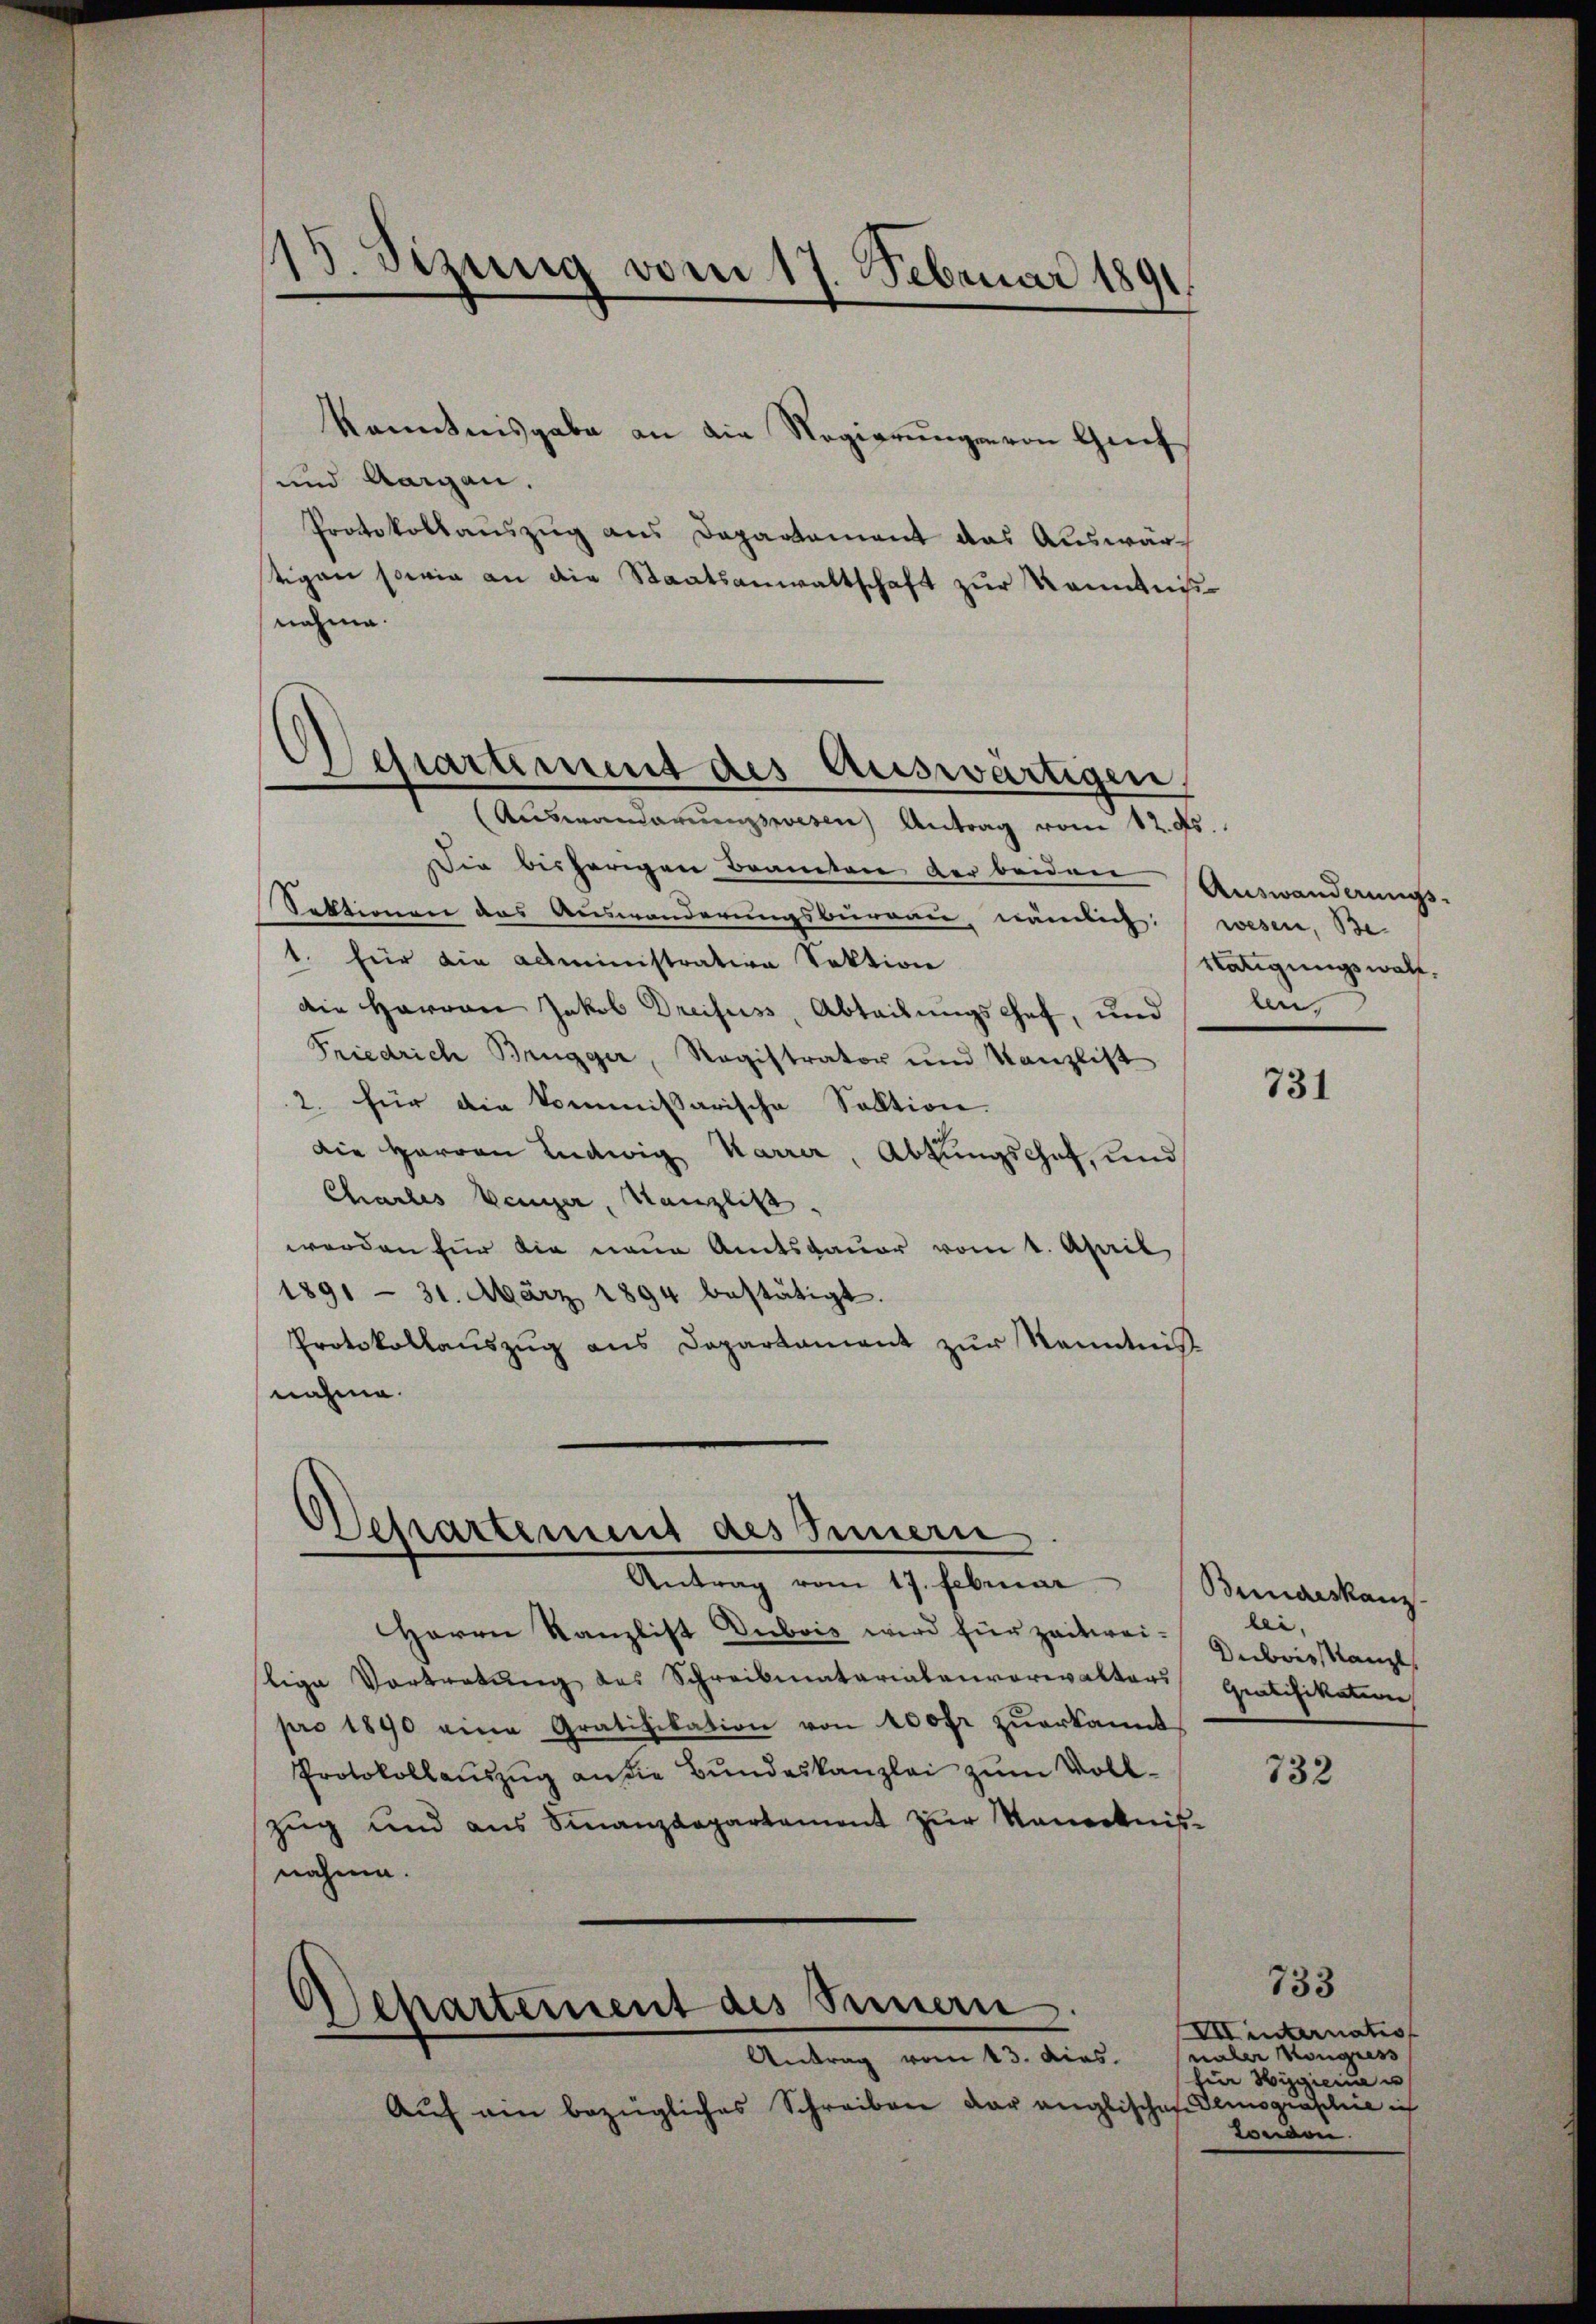
13. Sizung vom 17. Februar 1891

kanntnisgabe an die Regierungen von Genf
und Aargau.
Protokollauszug aus Departement das Auswärstigen sowie an die Staatsanwaltschaft zur Kenntnißnahme.
Die bisherigen Beamten der beiden Auswanderungs-
Sektionen das Auswanderungsbureau, nämlich wesen, Be-
1. für die Administration Sektion
die Herren Jakob Dreifuss, Abteilungschet, und
Friedrich Brugger, Ragistrator und Kanzlist
2. für die kommissarische Sektion.
die Herren Ludwig Karrer, Abtungschat, und
Chartes Vener, Kanzlist,
werden für die neue Amtsdauer vom 1. April
1891 - 31. März 1894 bestätigt.
Protokollaŭszŭg ans Departament zŭr Kenntnis
nahme.

Sesartement des Auswärtigen,
Auswanderungswesen Antrag vom 12. ds.

Departement des Innern

Antrag vom 17. Februar
Herrn Kanzlist Dubois wird für zeitweilige Vortretŭng des Schreibmatariatenverwalters
pro 1890 eine Gratifikation von 100 fr zuerkannt
Protokollauszug an die Bundeskanzlei zum Vollzug und aus Finanzdepartement zur Mauerbnis-
nahme.

Departement des Seinern.
Antrag vom 13. das.

Aŭf am bezügliches Schreiben dar anglischene Denograschie ich

Vätigungswald.
ben,

731

Bundeskan
lei.
Divis Kanzl
Gratifikation

732

733
Iinternatio
naler Kongress
zi Hygien u
Landen.